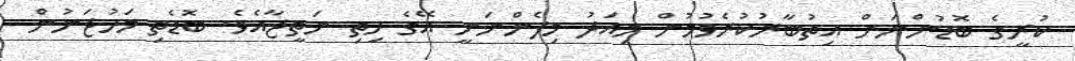
ކުރީގެ ބޮޑުންނަށް އިތުބާރުކުރެވުމުން މިއަދު މިފެންނަނީ އޭގެ ހިތި ނަތީޖާއެވެ. ބޮޑެތި މަހުޖަނުން